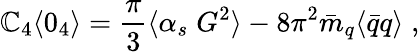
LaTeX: \mathbb{C}_{4}\langle0_{4}\rangle=\frac{{\pi}}{{3}}\langle\alpha_{s}\; G^{2}\rangle-8\pi^{2}\bar{{m}}_{q}\langle\bar{{q}}q\rangle\; ,